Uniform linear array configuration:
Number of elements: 64
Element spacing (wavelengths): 0.5
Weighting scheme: hamming
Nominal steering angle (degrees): -15
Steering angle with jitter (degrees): -15.606
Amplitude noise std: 0.05
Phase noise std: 0.05

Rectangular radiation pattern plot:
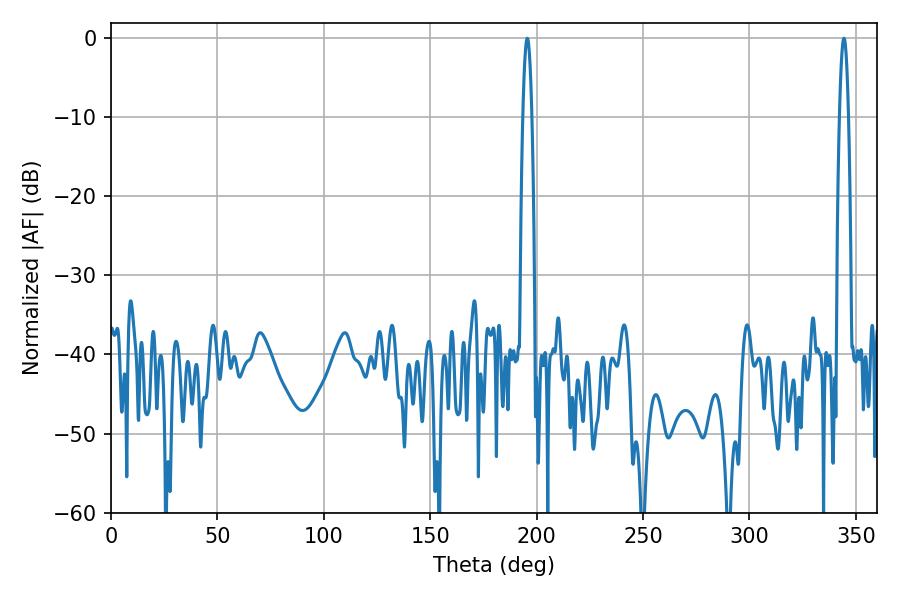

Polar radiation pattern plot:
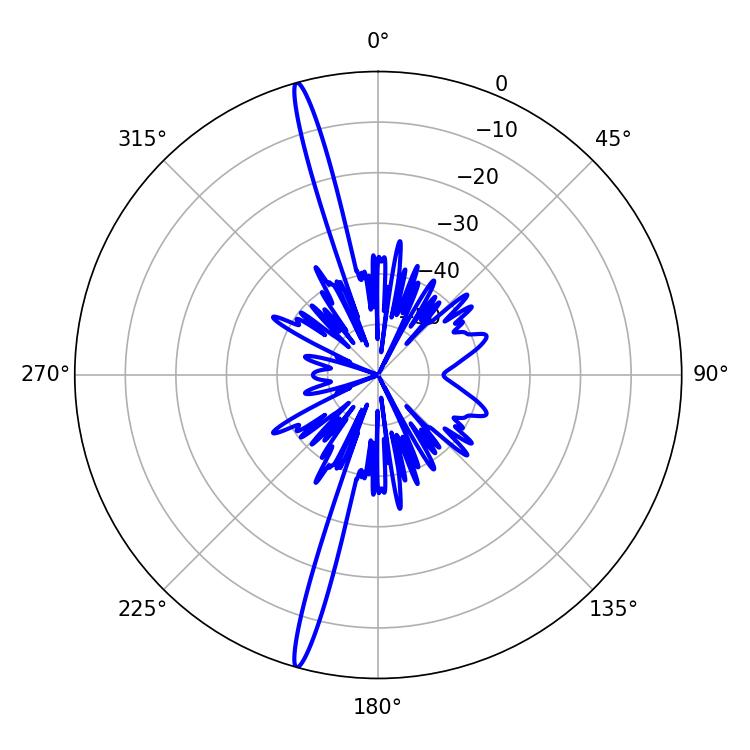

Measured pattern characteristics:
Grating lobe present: FALSE
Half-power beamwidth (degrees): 2.34
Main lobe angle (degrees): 195.66